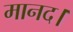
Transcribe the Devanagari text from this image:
मानद।